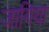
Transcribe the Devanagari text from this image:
जागिया